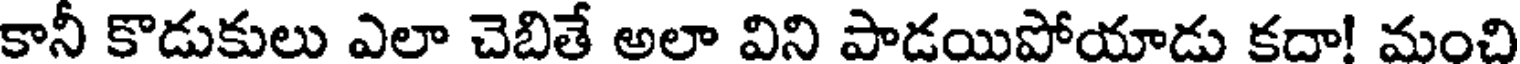
కానీ కొడుకులు ఎలా చెబితే అలా విని పాడయిపోయాడు కదా! మంచి